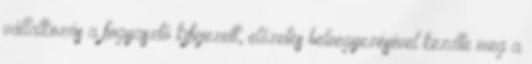
vállalkozás a fogyasztó kifejezett, előzetes beleegyezésével kezdte meg a